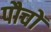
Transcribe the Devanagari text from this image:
पौचों